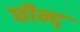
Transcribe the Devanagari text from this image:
छीन्द्